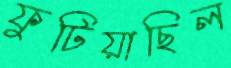
ফুটিয়াছিল